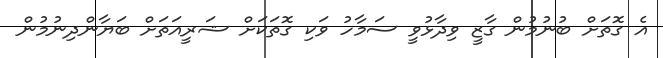
އެ ގޮތަށް ބުނުމުން ގާޒީ ވިދާޅުވީ ސަމާހު ވަކި ގޮތަކަށް ޝަރީއަތަށް ބަޔާންދިނުމުން